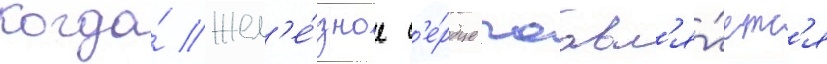
Когда́ жел'е́зное с'е́рдце поавл'я́етс'я